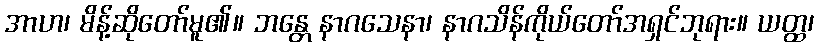
အာဟ၊ မိန့်ဆိုတော်မူ၏။ ဘန္တေ နာဂသေနာ၊ နာဂသိန်ကိုယ်တော်အရှင်ဘုရား။ ယတ္ထ၊